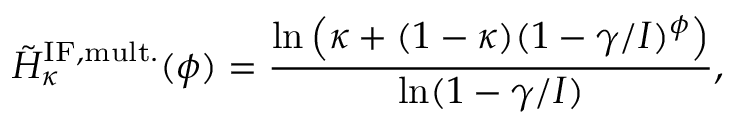
\tilde { H } _ { \kappa } ^ { \mathrm { I F , m u l t . } } ( \phi ) = \frac { \ln \left( \kappa + ( 1 - \kappa ) ( 1 - \gamma / I ) ^ { \phi } \right) } { \ln ( 1 - \gamma / I ) } ,